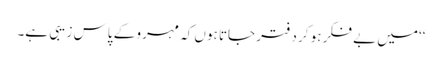
‘‘میں بے فکر ہو کر دفتر جاتا ہوں کہ مہرو کے پاس زیبی ہے۔